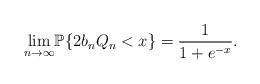
LaTeX: \begin{gather*}\underset{n \to\infty}\lim\mathbb{P}\{ 2b_nQ_n < x \}= \dfrac{1}{1+e^{-x}}.\end{gather*}